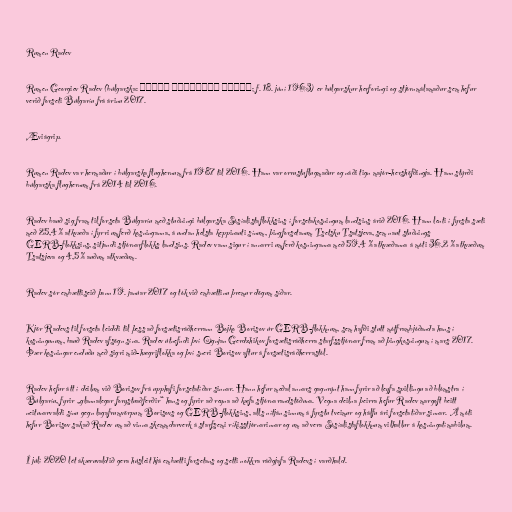
Rumen Radev

Rumen Georgiev Radev (búlgarska: Румен Георгиев Радев; f. 18. júní 1963) er búlgarskur herforingi og stjórnmálamaður sem hefur
verið forseti Búlgaríu frá árinu 2017.

Æviágrip.

Rumen Radev var hermaður í búlgarska flughernum frá 1987 til 2016. Hann var orrustuflugmaður og náði tign majór-hershöfðingja. Hann stýrði
búlgarska flughernum frá 2014 til 2016.

Radev bauð sig fram til forseta Búlgaríu með stuðningi búlgarska Sósíalistaflokksins í forsetakosningum landsins árið 2016. Hann lenti í fyrsta sæti
með 25,4 % atkvæða í fyrri umferð kosninganna, á undan helsta keppinauti sínum, þingforsetanum Tsetsku Tsatsjeva, sem naut stuðnings
GERB-flokksins, sitjandi stjórnarflokks landsins. Radev vann sigur í annarri umferð kosninganna með 59,4 % atkvæðanna á móti 36,2 % atkvæðum
Tsatsjeva og 4,5 % auðum atkvæðum.

Radev sór embættiseið þann 19. janúar 2017 og tók við embættinu þremur dögum síðar.

Kjör Radevs til forseta leiddi til þess að forsætisráðherrann Bojko Borisov úr GERB-flokknum, sem hafði stutt mótframbjóðanda hans í
kosningunum, bauð Radev afsögn sína. Radev útnefndi því Ognjan Gerdzhikov forsætisráðherra starfsstjórnar fram að þingkosningum í mars 2017.
Þær kosningar enduðu með sigri mið-hægriflokka og því sneri Borisov aftur á forsætisráðherrastól.

Radev hefur átt í deilum við Borisov frá upphafi forsetatíðar sinnar. Hann hefur meðal annars gagnrýnt hann fyrir að leyfa spillingu að blómstra í
Búlgaríu, fyrir „glannalegar forystuaðferðir“ hans og fyrir að reyna að kæfa stjórnarandstöðuna. Vegna deilna þeirra hefur Radev margoft beitt
neitunarvaldi sínu gegn lagafrumvörpum Borisovs og GERB-flokksins, alls nítján sinnum á fyrstu tveimur og hálfu ári forsetatíðar sinnar. Á móti
hefur Borisov sakað Radev um að vinna skemmdarverk á starfsemi ríkisstjórnarinnar og um að vera Sósíalistaflokknum vilhallur á kosningatímabilum.

Í júlí 2020 lét ákæruvaldið gera húsleit hjá embætti forsetans og setti nokkra ráðgjafa Radevs í varðhald.